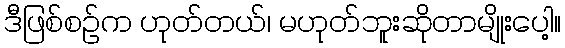
ဒီဖြစ်စဉ်က ဟုတ်တယ်၊ မဟုတ်ဘူးဆိုတာမျိုးပေါ့။